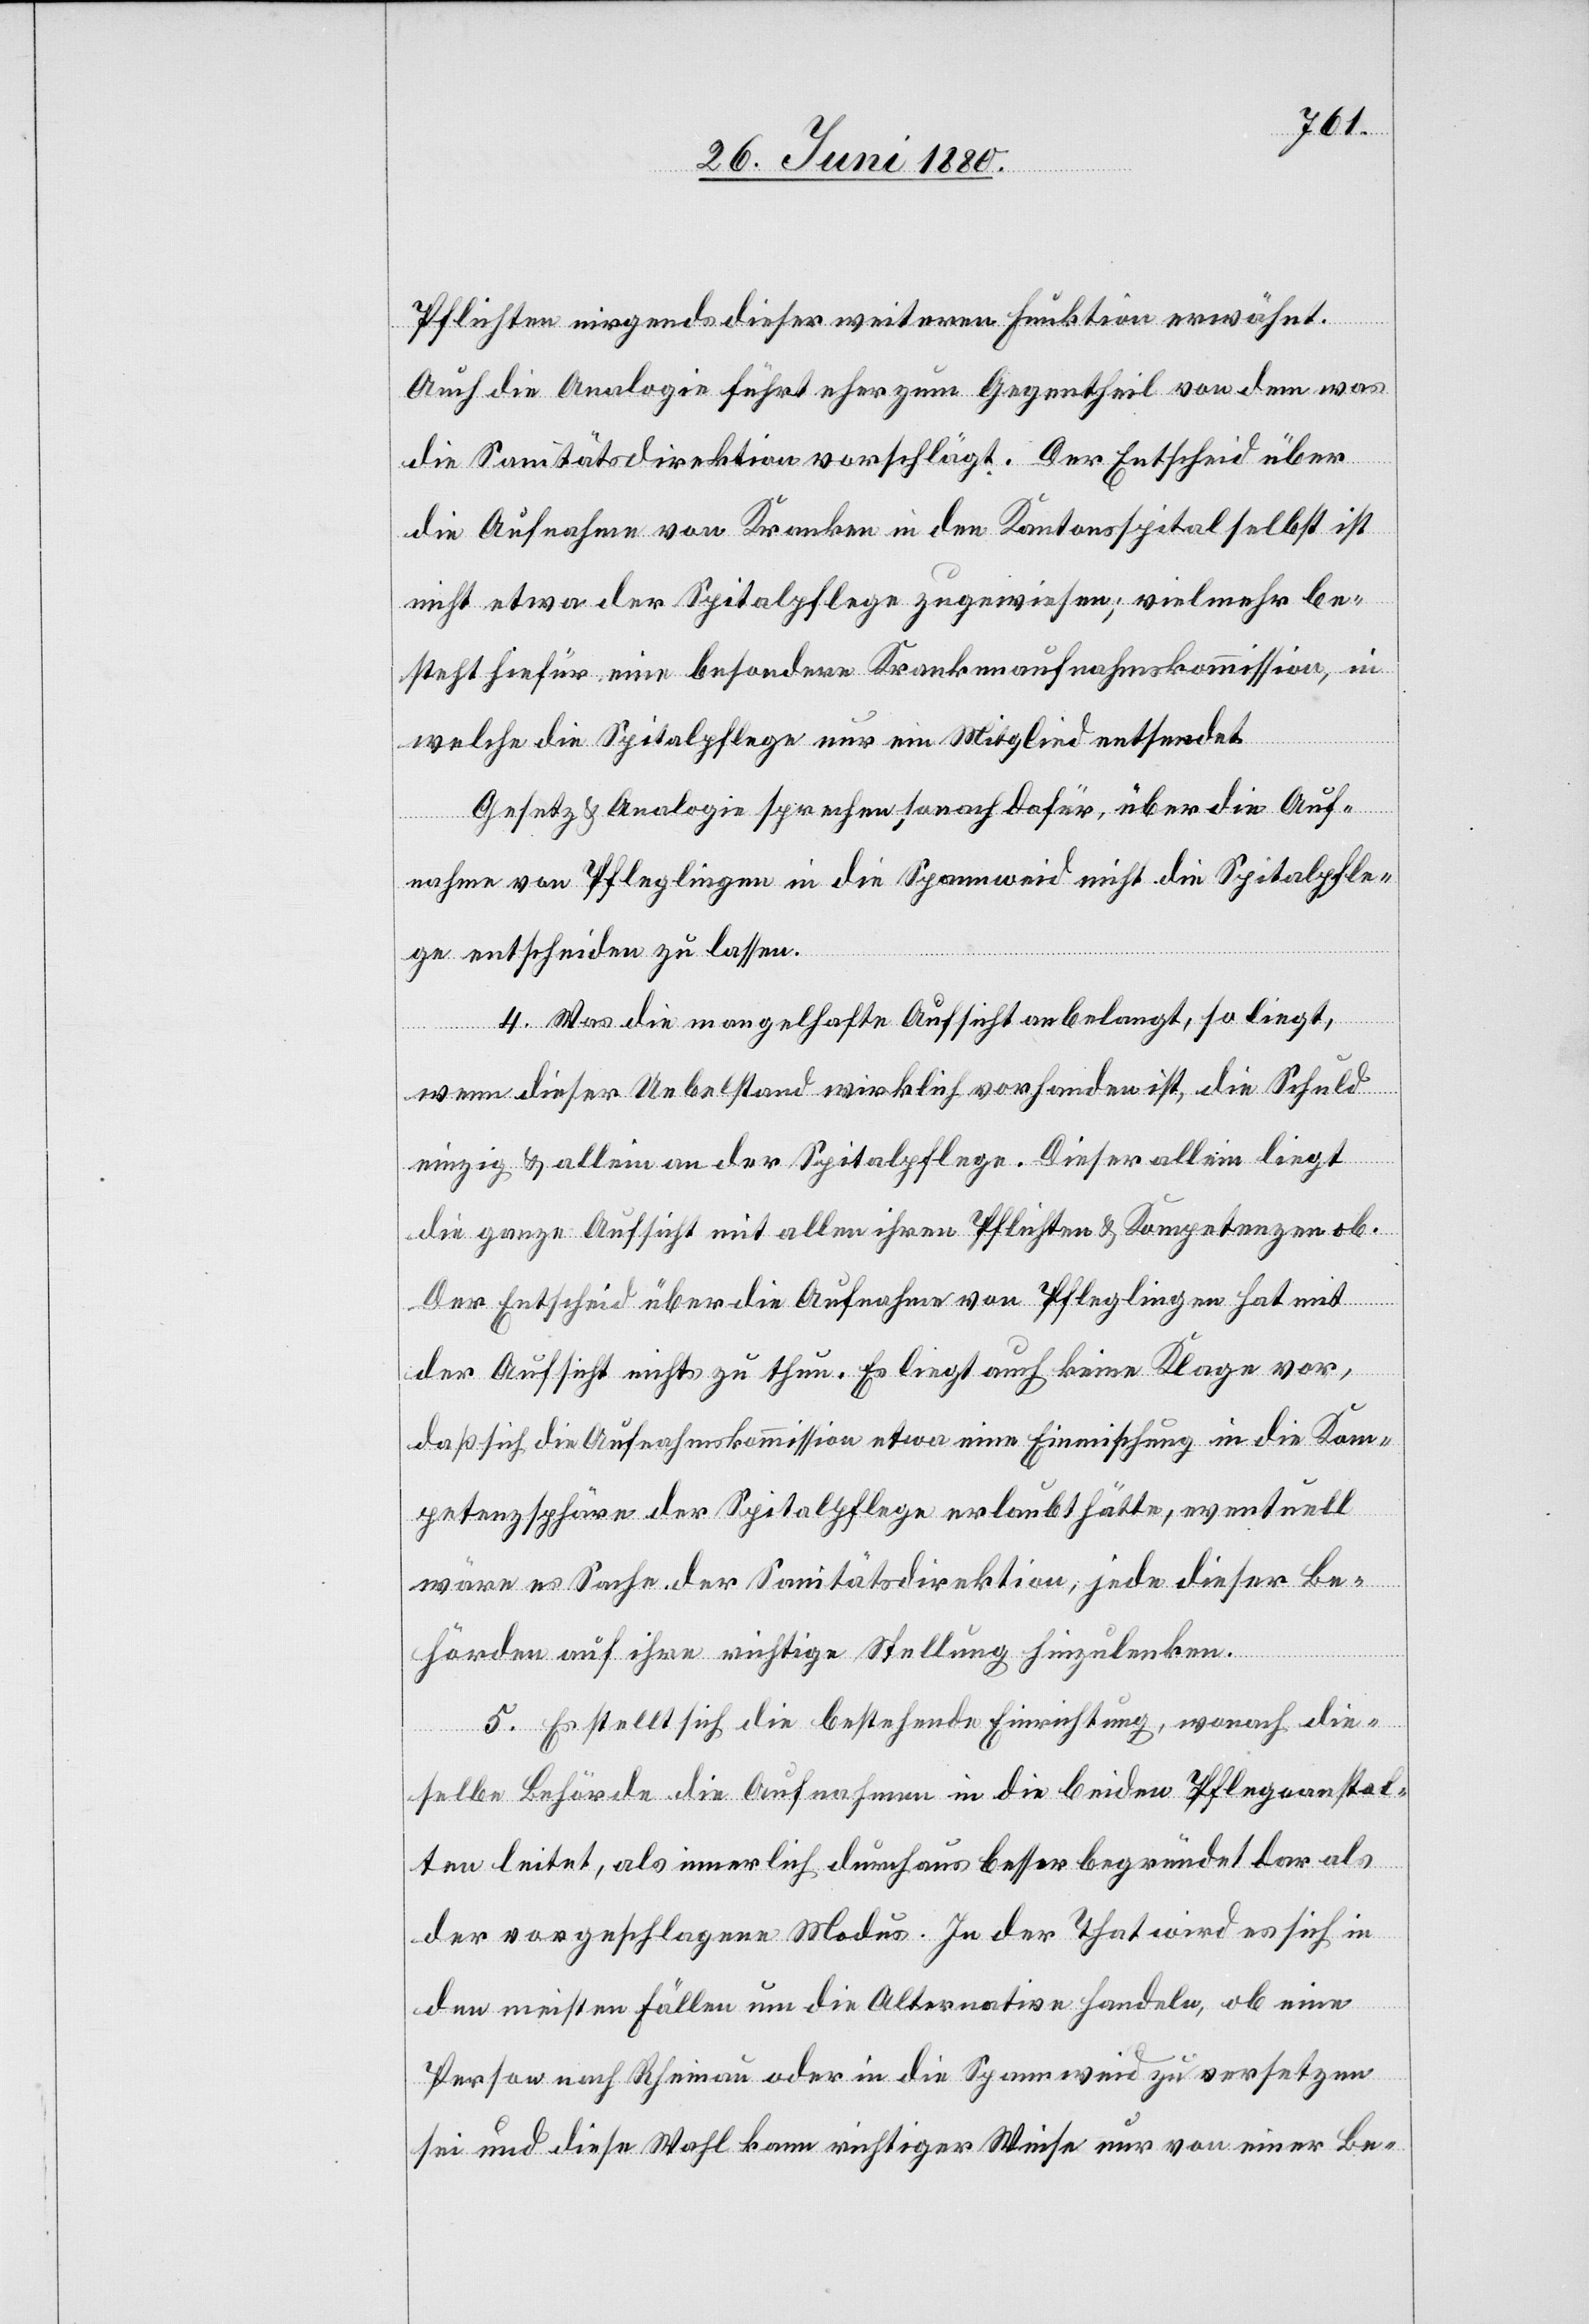
Pflichten nirgends dieser weiteren Funktion erwähnt.
Auch die Analogie führt eher zum Gegentheil von dem was
die Sanitätsdirektion vorschlägt: Der Entscheid über
die Aufnahme von Kranken in den Kantonsspital selbst ist
nicht etwas der Spitalpflege zugewiesen; vielmehr be¬
steht hiefür eine besondere Krankenaufnahmskommission, in
welche die Spitalpflege nur ein Mitglied entsendet.
Gesetz & Analogie sprechen sonach dafür, über die Auf¬
nahme von Pfleglingen in die Spannweis nicht die Spitalpfle¬
ge entscheiden zu lassen.
4. Was die mangelhafte Aufsicht anbelangt, so liegt,
wenn dieser Uebelstand wirklich vorhanden ist, die Schuld
einzig & allein an der Spitalpflege. Dieser allein liegt
die ganze Aufsicht mit allen ihren Pflichten & Kompetenzen ob.
Der Entscheid über die Aufnahme von Pfleglingen hat mit
der Aufsicht nichts zu thun. Es liegt auch keine Klage vor,
daß sich die Aufnahmskommission etwa eine Einmischung in die Kom¬
petenzsphäre der Spitalpflege erlaubt hätte, eventuell
wäre es Sache der Sanitätsdirektion, jede dieser Be¬
hörden auf ihre richtige Stellung hinzulenken.
5. Es stellt sich die bestehende Einrichtung, wonach die¬
selbe Behörde die Aufnahme in die beiden Pflegeanstal¬
ten leitet, als innerlich durchaus besser begründet dar als
der vorgeschlagene Modus. In der That wird es sich in
den meisten Fällen um die Alternative handeln, ob eine
Person nach Rheinau oder in die Spannweid zu versetzen
sei und diese Wahl kann richtiger Weise nur von einer Be-